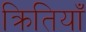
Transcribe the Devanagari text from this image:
क्रितियाँ